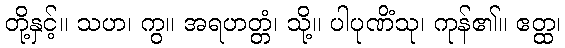
တို့နှင့်။ သဟ၊ ကွ။ အရဟတ္တံ၊ သို့။ ပါပုဏိံသု၊ ကုန်၏။ ဧတ္ထ၊